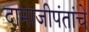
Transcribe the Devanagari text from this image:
दामाजीपंतांचे